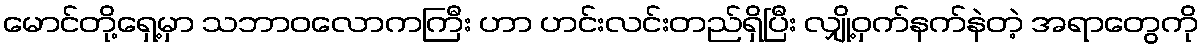
မောင်တို့ရှေ့မှာ သဘာဝလောကကြီး ဟာ ဟင်းလင်းတည်ရှိပြီး လျှို့ဝှက်နက်နဲတဲ့ အရာတွေကို